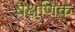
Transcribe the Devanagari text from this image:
षैक्षणिक